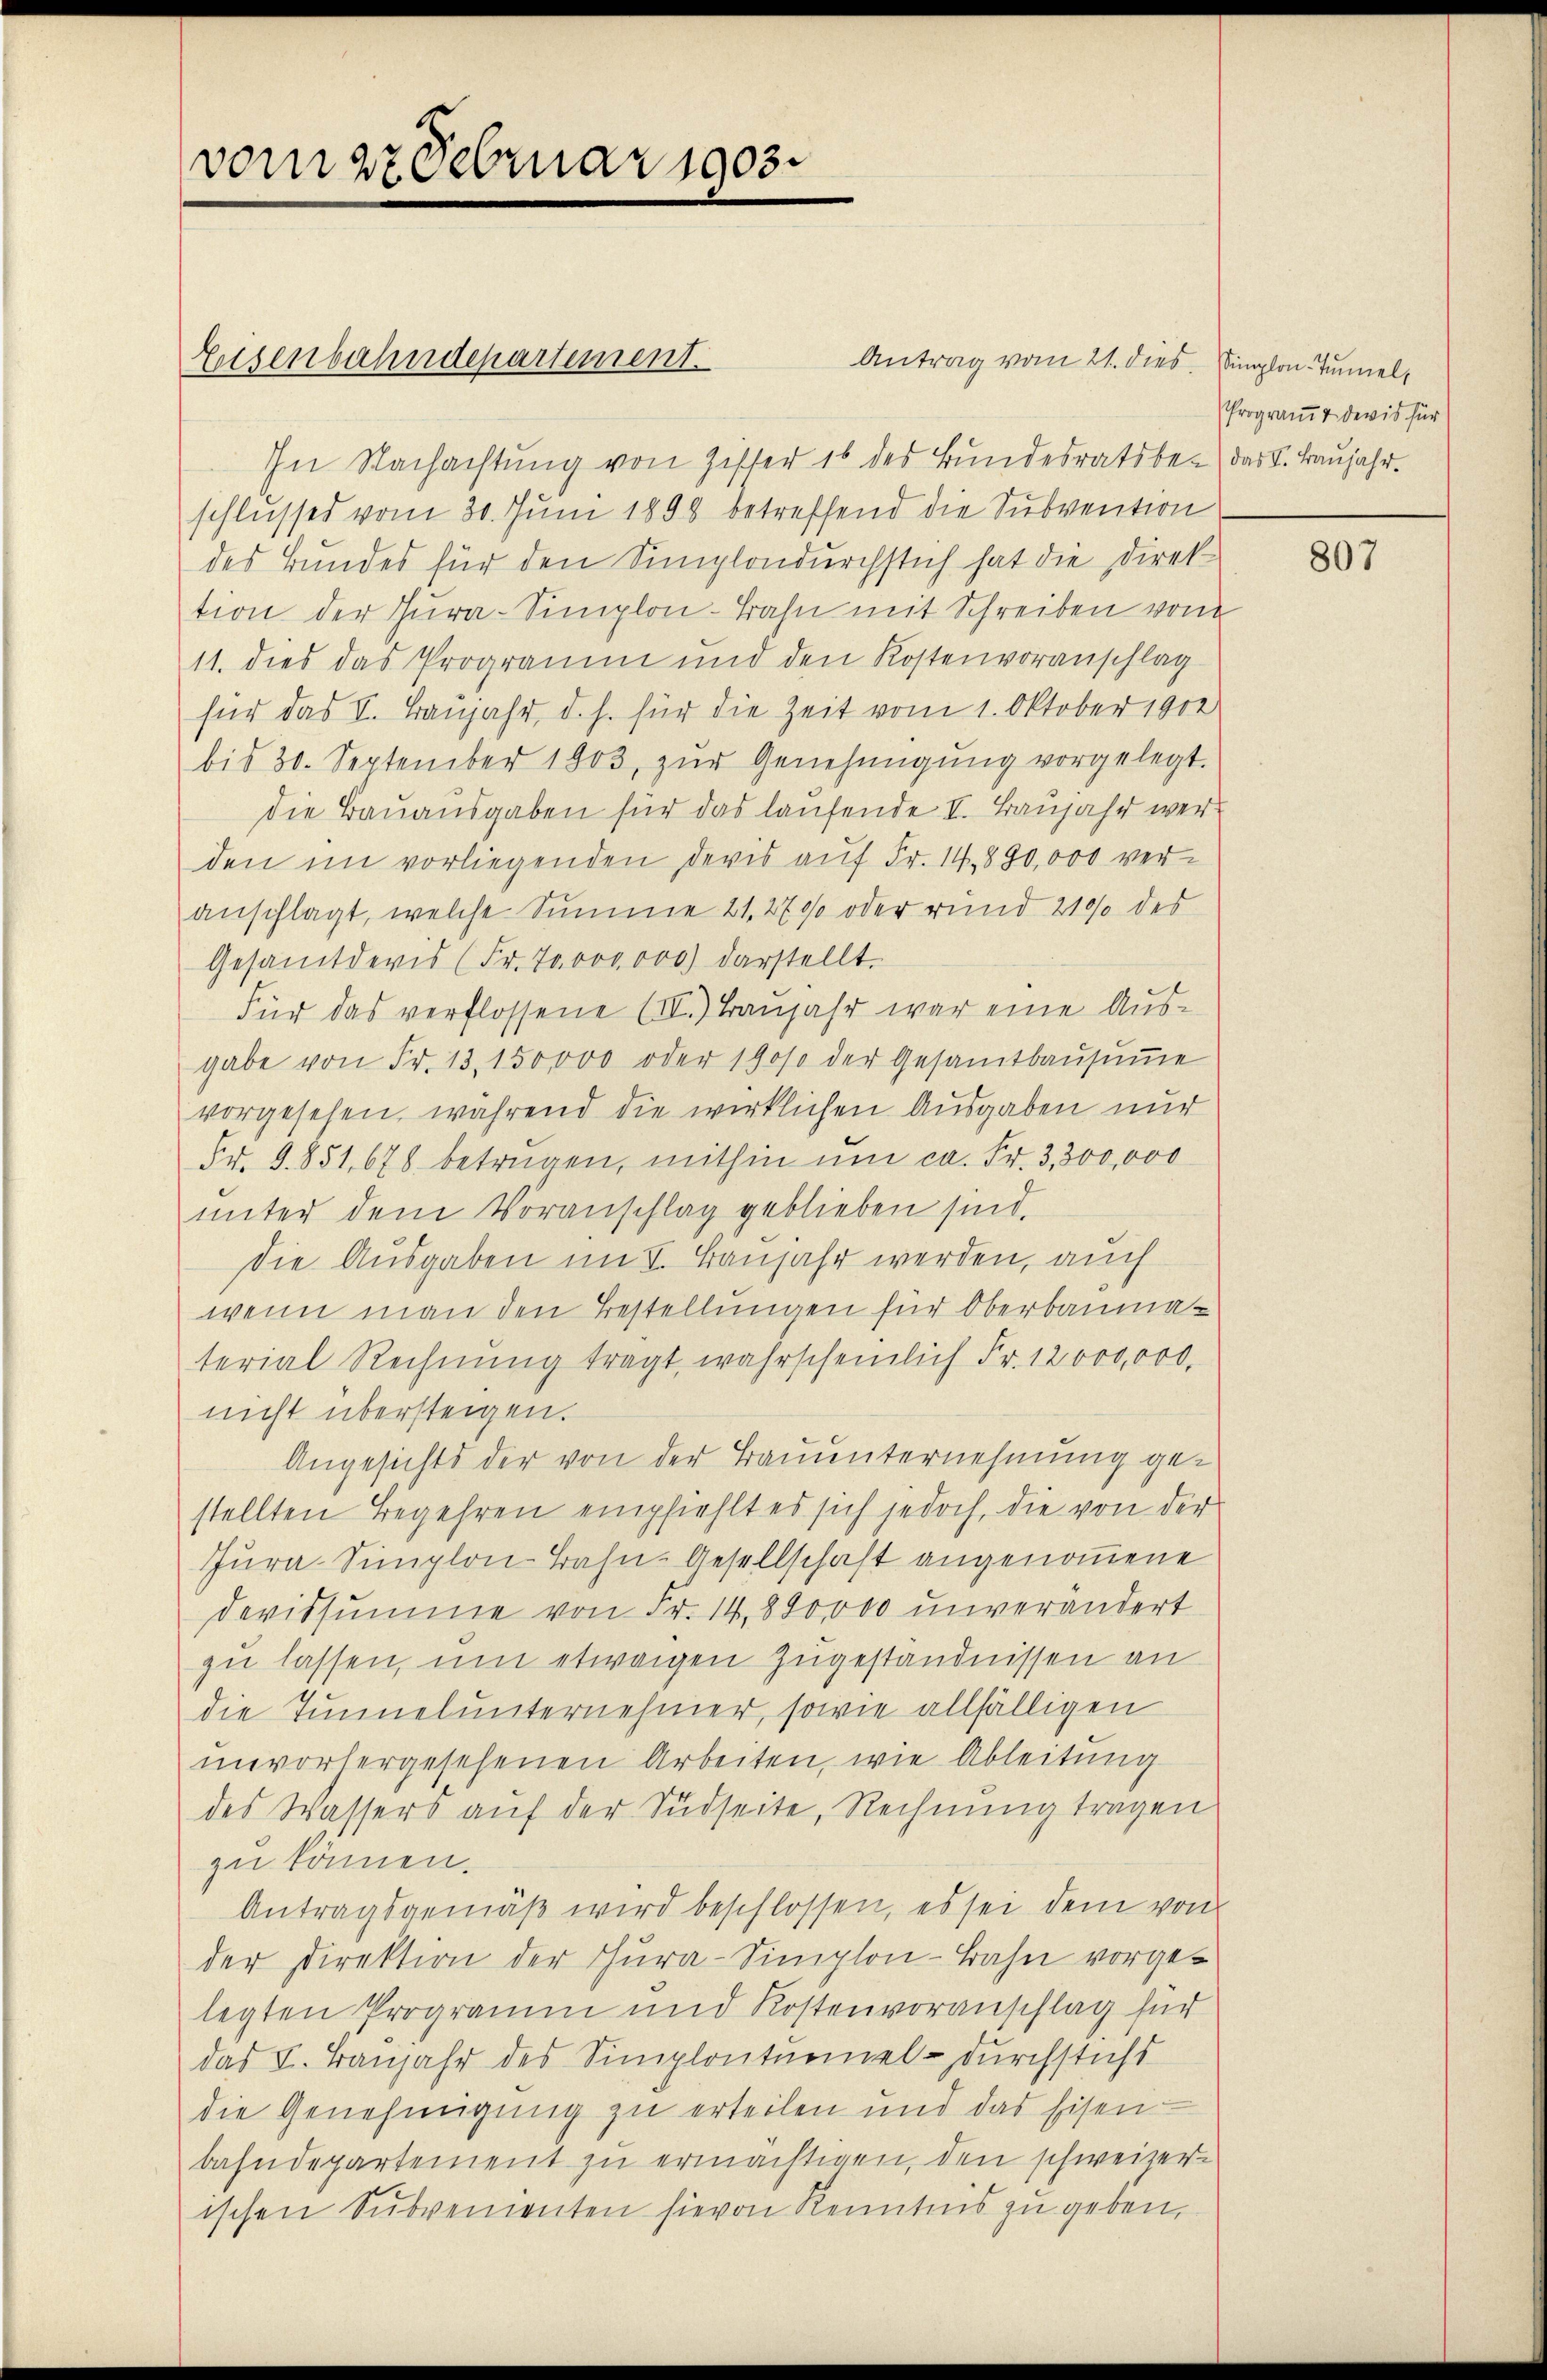
vom 27 Februar 1903.

Eisenbahndepartement.

In Nachachtŭng von Ziffer es des Bundesratsbe- das I. Baŭjahr.
schlusses vom 30. Juni 1898 betreffend die Subvention
des Bundes für den Simplondurchstich hat die Direk
tion der Cura-Simplon-Bahn mit Schreiben von
11. dies das Programm und den Kostenvoranschlag
für das V. Banjahr, d. h. für die Zeit vom 1. Oktober 1902
bis 30. September 1903 zŭr Genehmigŭng vorgelegt.
die Bauausgaben für das laufende II. Baŭjahr werden im vorliegenden Devis auf Fr. 14. 890,000 veranschlagt, welche Summe 21. 2700 oder rund 210% des
Gesamtderis (Fr. 700,000) darstellt.
Für das verflossene (IV) Banjahr war eine Ausgabe von Fr. 13,150000 oder 1900 der Gesamtbaŭsŭṁe
vorgesehen, während die wirklichen Ausgaben nur
Fr. 9851, 678 betragen, mithin um ca. Fr. 3,300,000
unter dem Voranschlag geblieben sind.
die Ausgaben im V. Banjahr werden, auch
wenn man den Bestellungen für Oberbaumaterial Rechnŭng tragt, wahrscheinlich Fr. 12000,000.
nicht übersteigen.
Angesichts der von der Bauunternehmung gestellten Begehren empfiehlt es sich jedoch, die von der
Jura-Simplon-Bahn-Gesellschaft angenommene
Devissumme von Fr. 14,800000 unverändert
zu lassen, um etwaigen Zugeständnissen an
die Tunnel unternehmer, sowie allfälligen
unvorhergesehenen Arbeiten, wie Ableitung
des Wassers auf der Südseite, Rechnung tragen
zu kommen.
Antragsgemäß wird beschlossen, es sei dem von
der Direktion der Thura-Simplon-Bahn vorgelegten Programm und Kostenvoranschlag für
das K. Baŭjahr des Simplonturmel- durchstichs
die Genehmigung zu erteilen und das Eisen
bahndepartement zu ermächtigen, den schweizer
ischen Subvementen hievon Kenntnis zu geben.

Antrag vom 21. dies. Simplon Tunnel,

Programt devis für

807